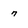
Character: 7